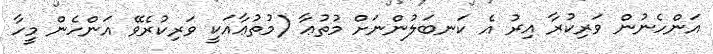
އަންހެނުން ވަރިކުރާ އިރު އެ ކަނބަލުންނަށް މުތުޢާ (މުތުޢާއަކީ ވަރިކުރެވޭ އަންހެން މީހާ